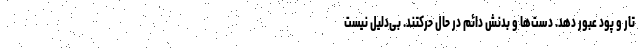
تار و پود عبور دهد. دست‌ها و بدنش دائم در حال حرکتند. بی‌دلیل نیست